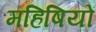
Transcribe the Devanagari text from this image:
महिषियों